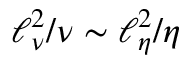
\ell _ { \nu } ^ { 2 } / \nu \sim \ell _ { \eta } ^ { 2 } / \eta